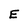
Character: E